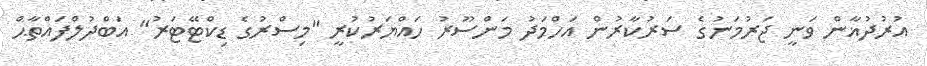
އުރުދުޣާން ވަނީ ޖަރުމަނުގެ ސަރުކާރުން އަހްމަދު މަންސޫރު ހައްޔަރުކުރީ "މިސްރުގެ ޑިކްޓޭޓަރު" އަބްދުލްފައްތާޙް